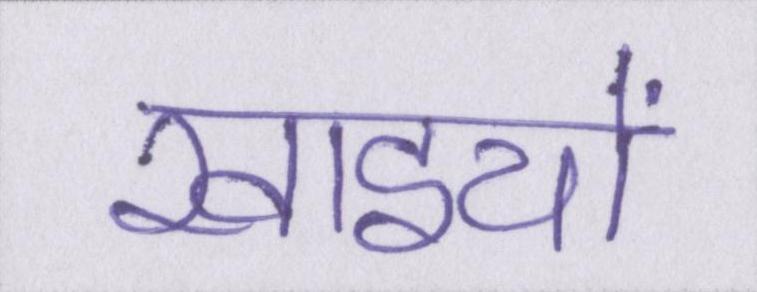
खाइयों